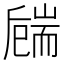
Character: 𦓚